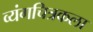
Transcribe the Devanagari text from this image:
व्यंगचित्रकला